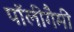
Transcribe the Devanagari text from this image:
पॉलीगैमी